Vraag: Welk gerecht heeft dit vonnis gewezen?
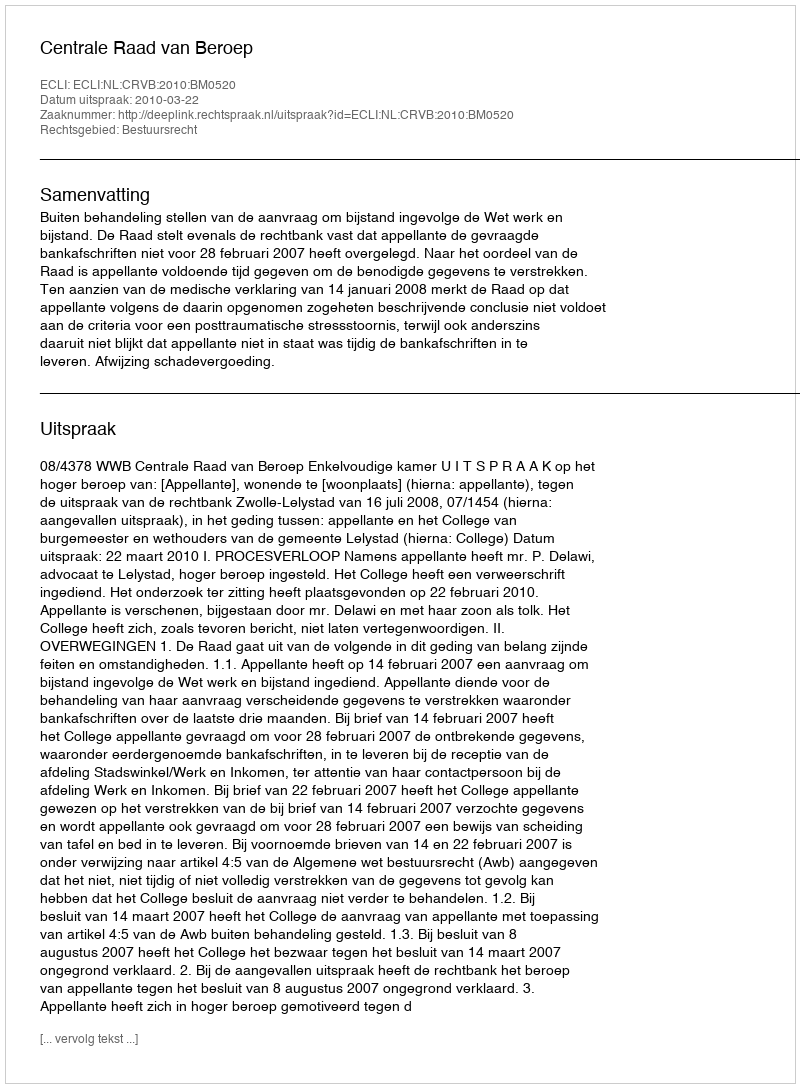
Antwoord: Centrale Raad van Beroep